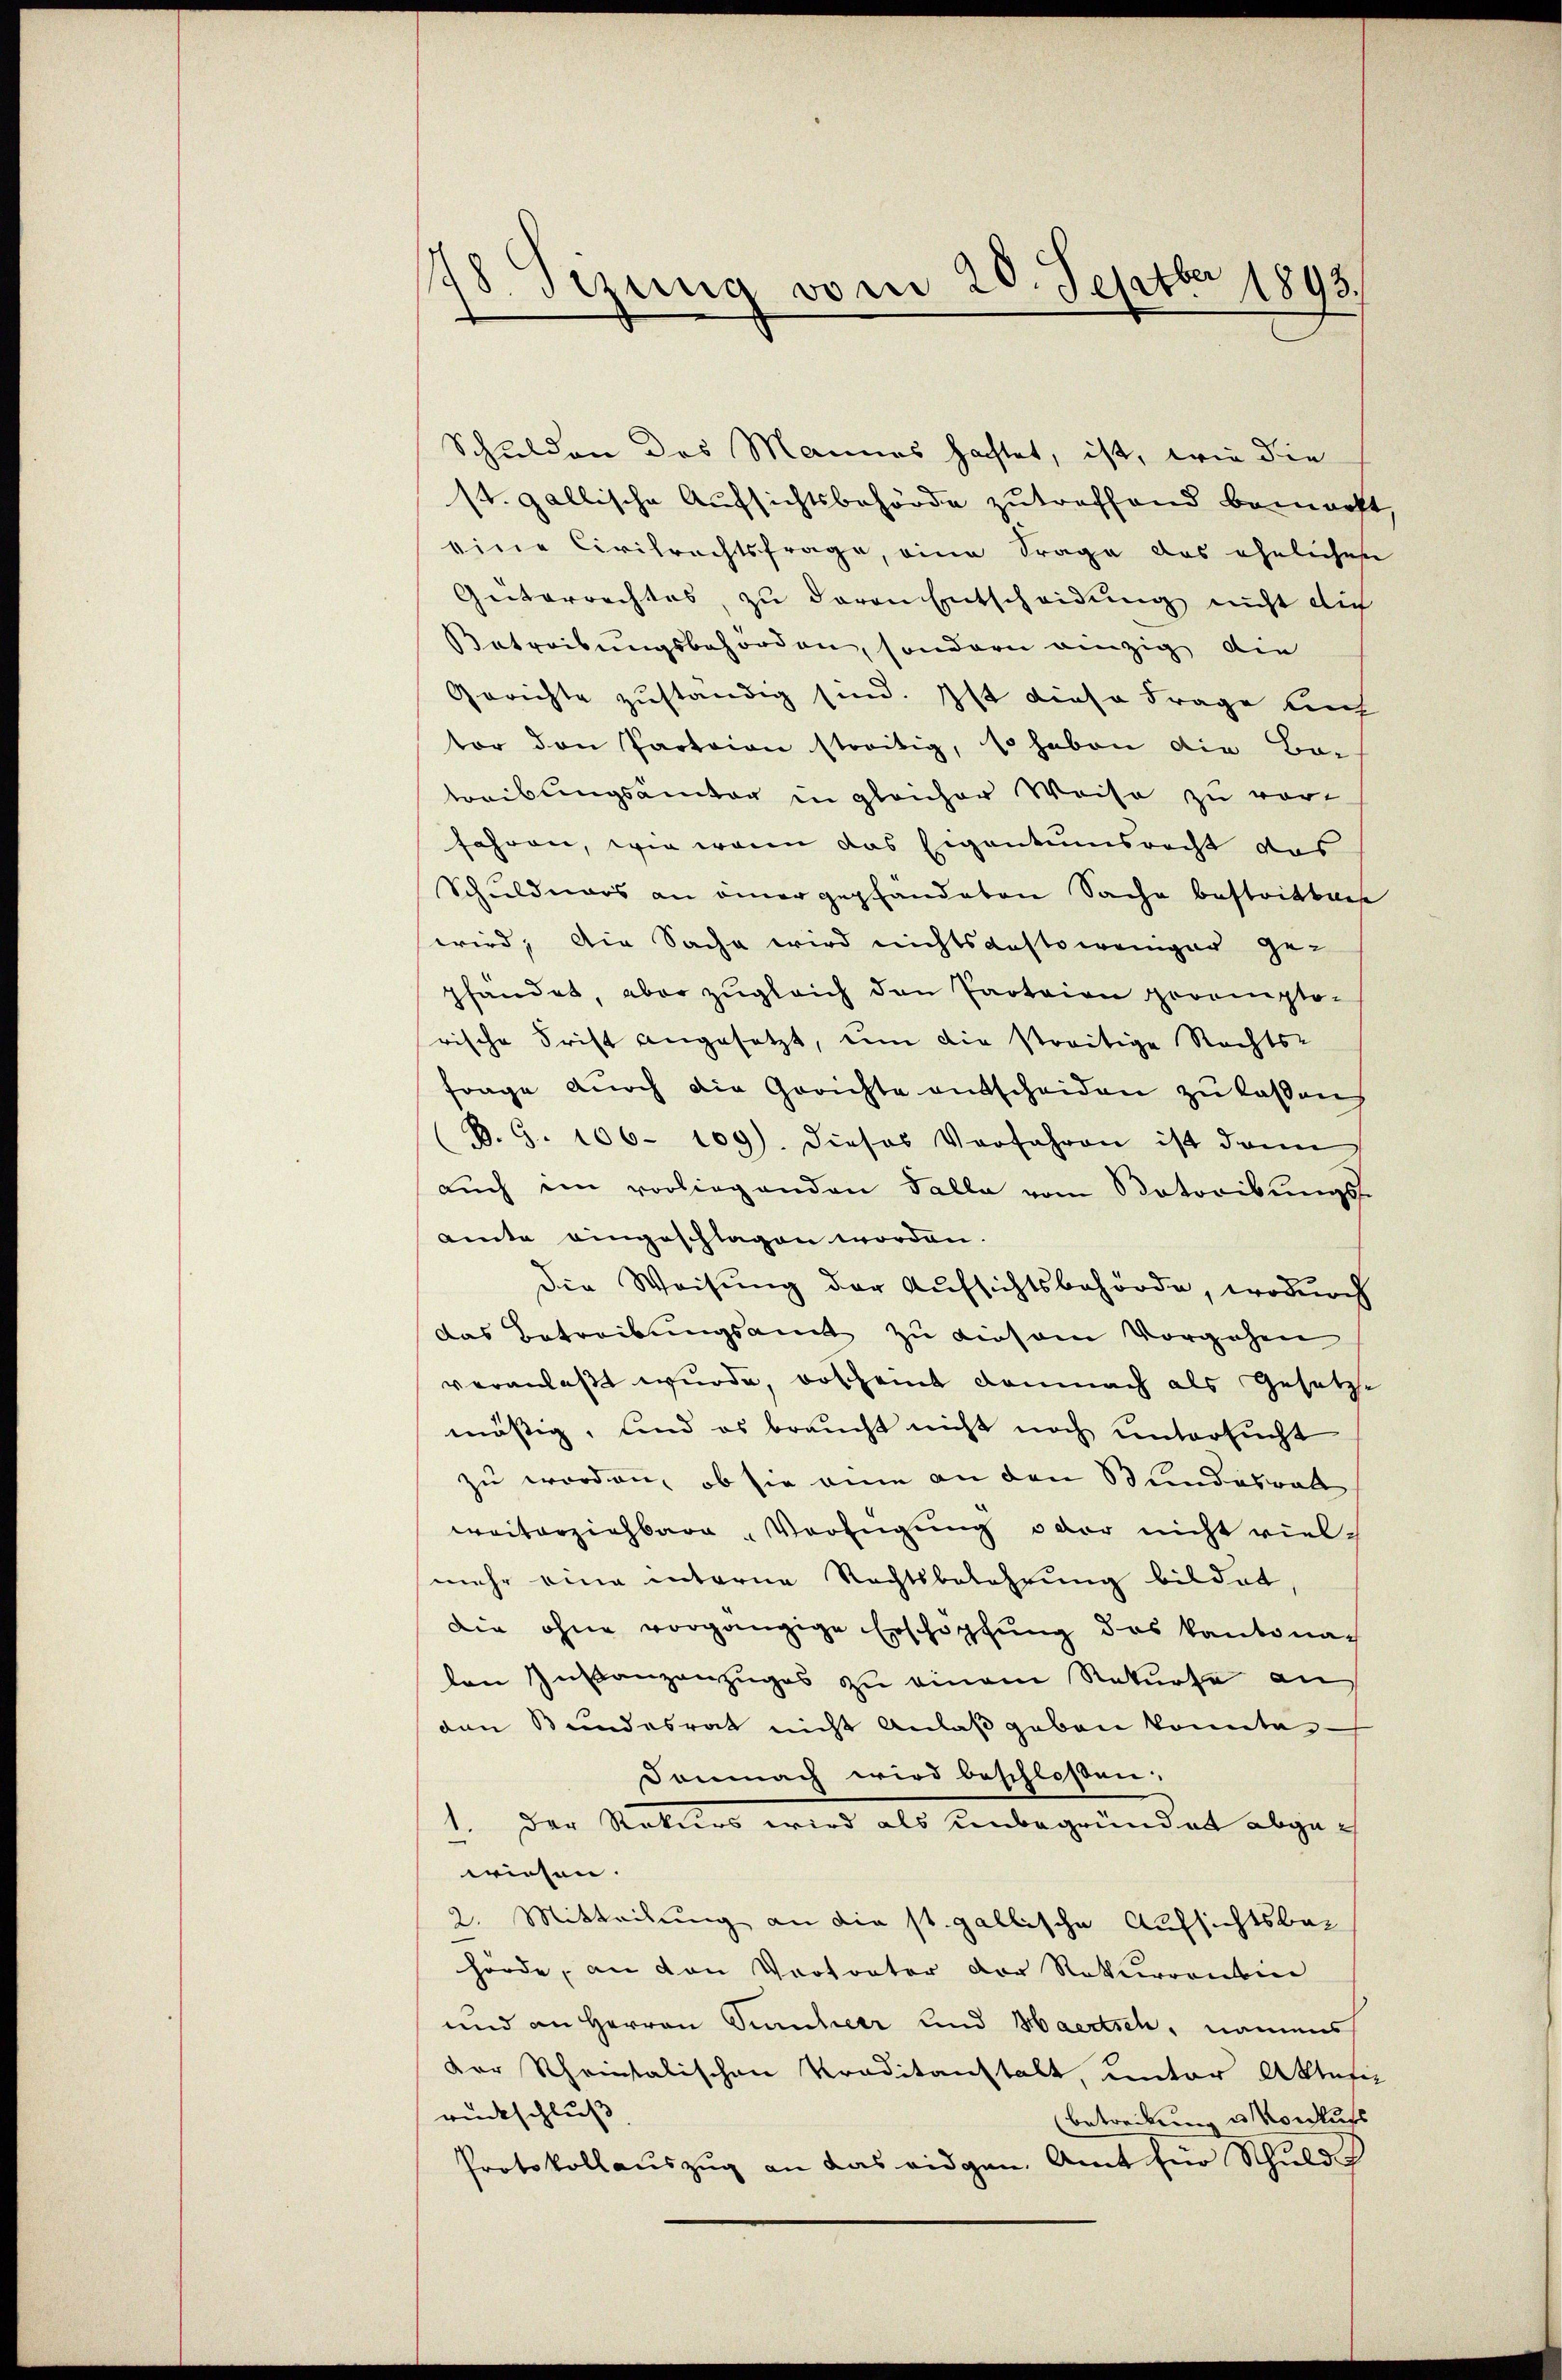
78. Sizung vom 20. Septber 1898.

Schulden des Mannes haftet, ist, wie die
st. gallische Aufsichtsbehörde zutreffend bemacht,
eine Civilrechtsfrage, eine Frage das ehelichen
Güterrechtes, zu davon Entscheidung nicht dich
Betreibungsbehörden, sondern einzig die
Gerichte zuständig sind. Ist diese Frage auch
tor den Partaion streitig, so haben die Be-
treiblingsämter in gleicher Weise zu vor-
fahren, wie wenn das Eigentumsrecht das
Schuldners an einer gepfändeten Sache bestritteise
wird, die Sache wird nichtsdestoweniger ge-
pfandet, aber zugleich den Paotaion pocompto-
rische Frist angesetzt, um die streitige Rechts-
Frage durch die Gerichte entscheiden zu lassen
B. G. 106. 109). Dieses Verfahren ist dann
aŭch im vorliegenden Falle vom Votoribungs-
amte eingeschlagen worden.
die Weisung der Aufsichtsbehörde, wodurch
das Betreibungsamt zu diesem Vorgehen
veranlaßt wurde, voscheint demnach als Gesetzte
mässig, und es braucht nicht noch untersucht
zu worden, ob sie eine an den Stundesrat
weiterziehbare Verfügung oder nicht vielmehr eine unterne Rechtsbelehrung bildet
die ohne vorgängige Erschöpfung des Kantona
den Instanzenzuges zu einem Rekurse an
den Bundesrat nicht Anlaß geben konnte
Demnach wird beschloßen:
1. Der Staturs wird als unbegründet abgewiesen.
2. Mitteilung an die st. gallische Aufsichtsbar
hörde, an den Vortrator der Rekurrentin
und an Herren Puncherr und Haertsch, namens
Der Rheintalischen Praditanstalt, unter Aktasie
rückschluß
betreibung u Voraufs
Protokollauszug an das eidgen. Amt für Schuld